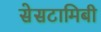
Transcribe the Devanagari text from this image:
सेसटामिबी